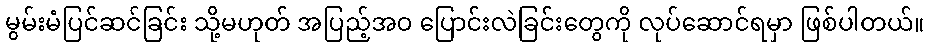
မွမ်းမံပြင်ဆင်ခြင်း သို့မဟုတ် အပြည့်အဝ ပြောင်းလဲခြင်းတွေကို လုပ်ဆောင်ရမှာ ဖြစ်ပါတယ်။